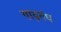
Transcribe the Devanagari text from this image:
गाढ़बंध